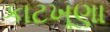
કાટખૂણા